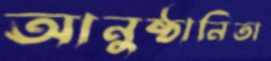
আনুষ্ঠানিতা